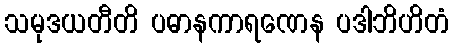
သမုဒယတီတိ ပဓာနကာရဏေန ပဒါဘိဟိတံ